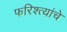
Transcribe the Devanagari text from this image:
फरिश्त्यांचे